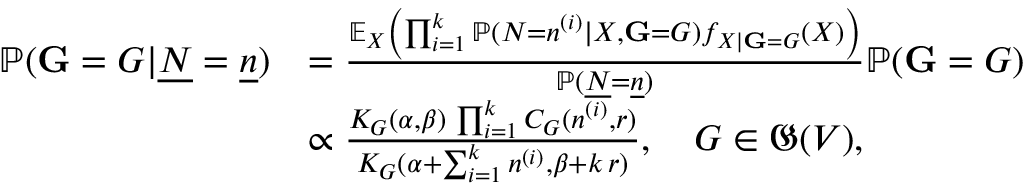
\begin{array} { r l } { \mathbb { P } ( \mathbf G = G | \underline { { N } } = \underline { { n } } ) } & { = \frac { \mathbb { E } _ { X } \left( \prod _ { i = 1 } ^ { k } \mathbb { P } ( N = n ^ { ( i ) } | X , \mathbf G = G ) f _ { X | \mathbf G = G } ( X ) \right) } { \mathbb { P } ( \underline { { N } } = \underline { { n } } ) } \mathbb { P } ( \mathbf G = G ) } \\ & { \propto \frac { K _ { G } ( \alpha , \beta ) \, \prod _ { i = 1 } ^ { k } C _ { G } ( n ^ { ( i ) } , r ) } { K _ { G } ( \alpha + \sum _ { i = 1 } ^ { k } n ^ { ( i ) } , \beta + k \, r ) } , \quad G \in \mathfrak G ( V ) , } \end{array}